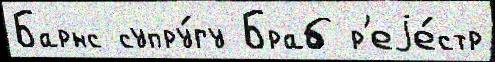
Барнс супру́гу Браб р'еjе́стр